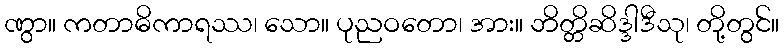
ဏွာ။ ကတာဓိကာရဿ၊ သော။ ပုညဝတော၊ အား။ ဘိတ္တိဆိဒ္ဒါဒီသု၊ တို့တွင်။